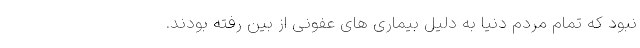
نبود که تمام مردم دنیا به دلیل بیماری های عفونی از بین رفته بودند.